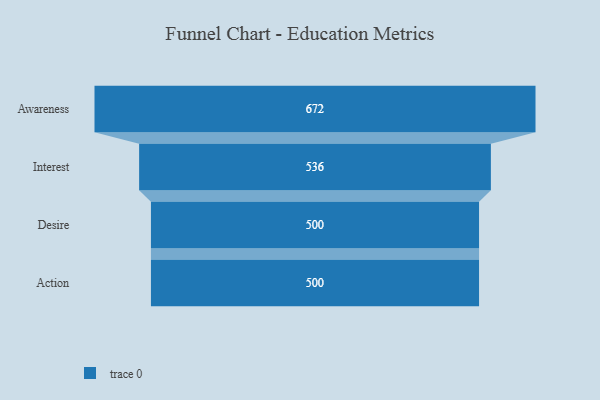
{"axis": {"x": "Stage", "y": "Value"}, "legend": [""], "data": [{"x": "Awareness", "y": 672.0, "type": ""}, {"x": "Interest", "y": 536.0, "type": ""}, {"x": "Desire", "y": 500, "type": ""}, {"x": "Action", "y": 500, "type": ""}]}